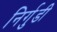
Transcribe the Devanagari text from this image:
निर्गुडी